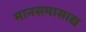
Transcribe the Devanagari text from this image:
मानसमासाद्य